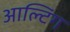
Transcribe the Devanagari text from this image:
आल्टिंग